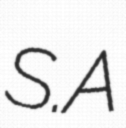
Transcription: S.A